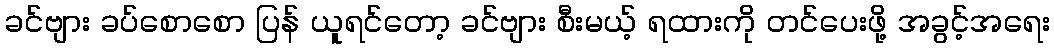
ခင်ဗျား ခပ်စောစော ပြန် ယူရင်တော့ ခင်ဗျား စီးမယ့် ရထားကို တင်ပေးဖို့ အခွင့်အရေး